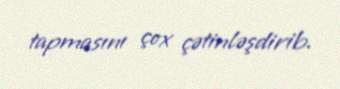
tapmasını çox çətinləşdirib.